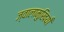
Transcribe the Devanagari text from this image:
ज्वालामुखियाँ